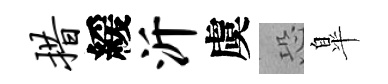
措緩沂虞恐臯